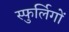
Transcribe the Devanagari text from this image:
स्फुर्लिगों